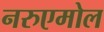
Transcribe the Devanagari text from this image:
नरुएमोल